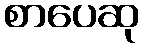
စာပေဆု